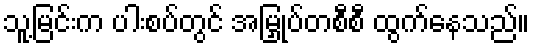
သူ့မြင်းက ပါးစပ်တွင် အမြှုပ်တစီစီ ထွက်နေသည်။